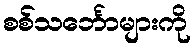
စစ်သင်္ဘောများကို